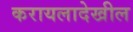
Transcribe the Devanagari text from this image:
करायलादेखील